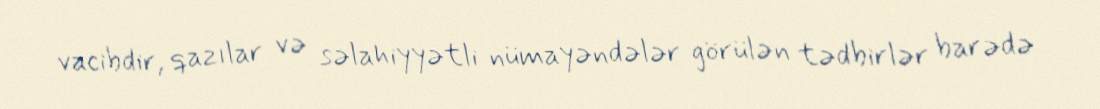
vacibdir, qazılar və səlahiyyətli nümayəndələr görülən tədbirlər barədə